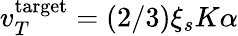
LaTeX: v_{T}^{\mathrm{target}}=(2/3)\xi_{s}K\alpha